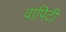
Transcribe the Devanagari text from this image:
वापिटी